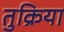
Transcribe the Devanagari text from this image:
तुक्रिया